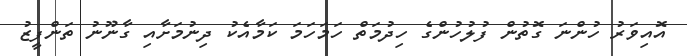
އޮއިވަރު ހުންނަ ގޮތުން ފުލުހުންގެ ހިދުމަތް ހަމަހަމަ ކަމާއެކު ދިނުމަށާއި ގާނޫނު ތަންފީޒު